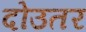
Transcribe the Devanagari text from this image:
दोउतर